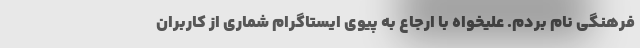
فرهنگی نام بردم. علیخواه با ارجاع به پیوی ایستاگرام شماری از کاربران